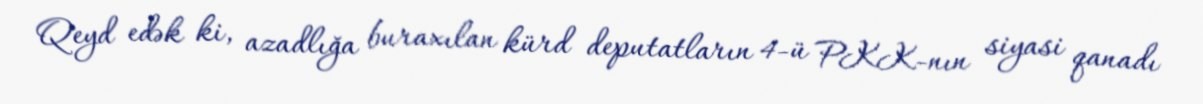
Qeyd edək ki, azadlığa buraxılan kürd deputatların 4-ü PKK-nın siyasi qanadı